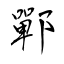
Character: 鄲